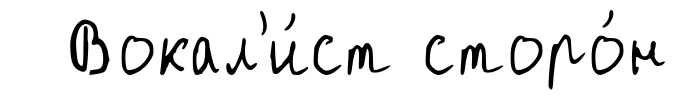
Вокал'и́ст сторо́н